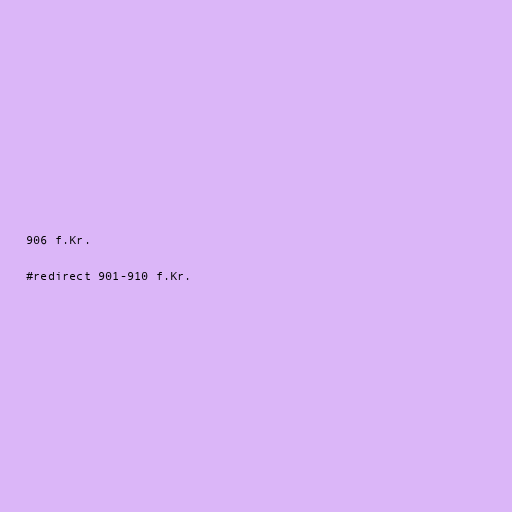
906 f.Kr.

#redirect 901-910 f.Kr.